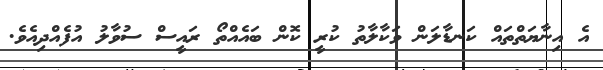
އެ އިނާޔަތްތައް ކަނޑާލަން ވަކާލާތު ކުރީ ކޮން ބައެއްތޯ ރައީސް ސުވާލު އުފެއްދިއެވެ.